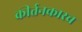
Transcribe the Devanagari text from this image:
कीर्तनकारच